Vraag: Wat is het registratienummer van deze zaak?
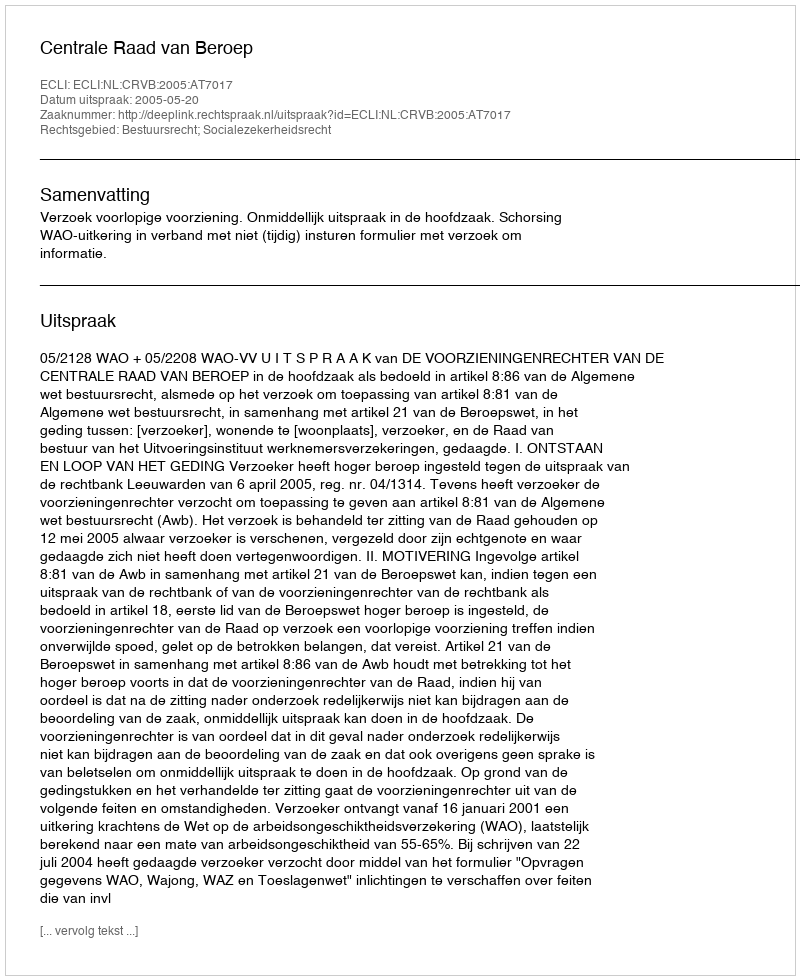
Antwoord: http://deeplink.rechtspraak.nl/uitspraak?id=ECLI:NL:CRVB:2005:AT7017